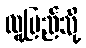
လူ့ပြည်သို့